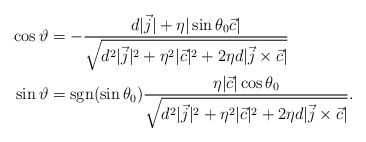
LaTeX: \begin{align*}\cos\vartheta &=-\frac{d|\vec{j}|+\eta |\sin\theta_0\vec{c}|}{\sqrt{d^2|\vec{j}|^2+\eta^2|\vec{c}|^2+ 2\eta d|\vec{j}\times\vec{c}|}}\\\sin\vartheta &=\textup{sgn}(\sin\theta_0) \frac{\eta |\vec{c}|\cos\theta_0}{\sqrt{d^2|\vec{j}|^2+\eta^2|\vec{c}|^2+ 2\eta d|\vec{j}\times\vec{c}|}}.\end{align*}